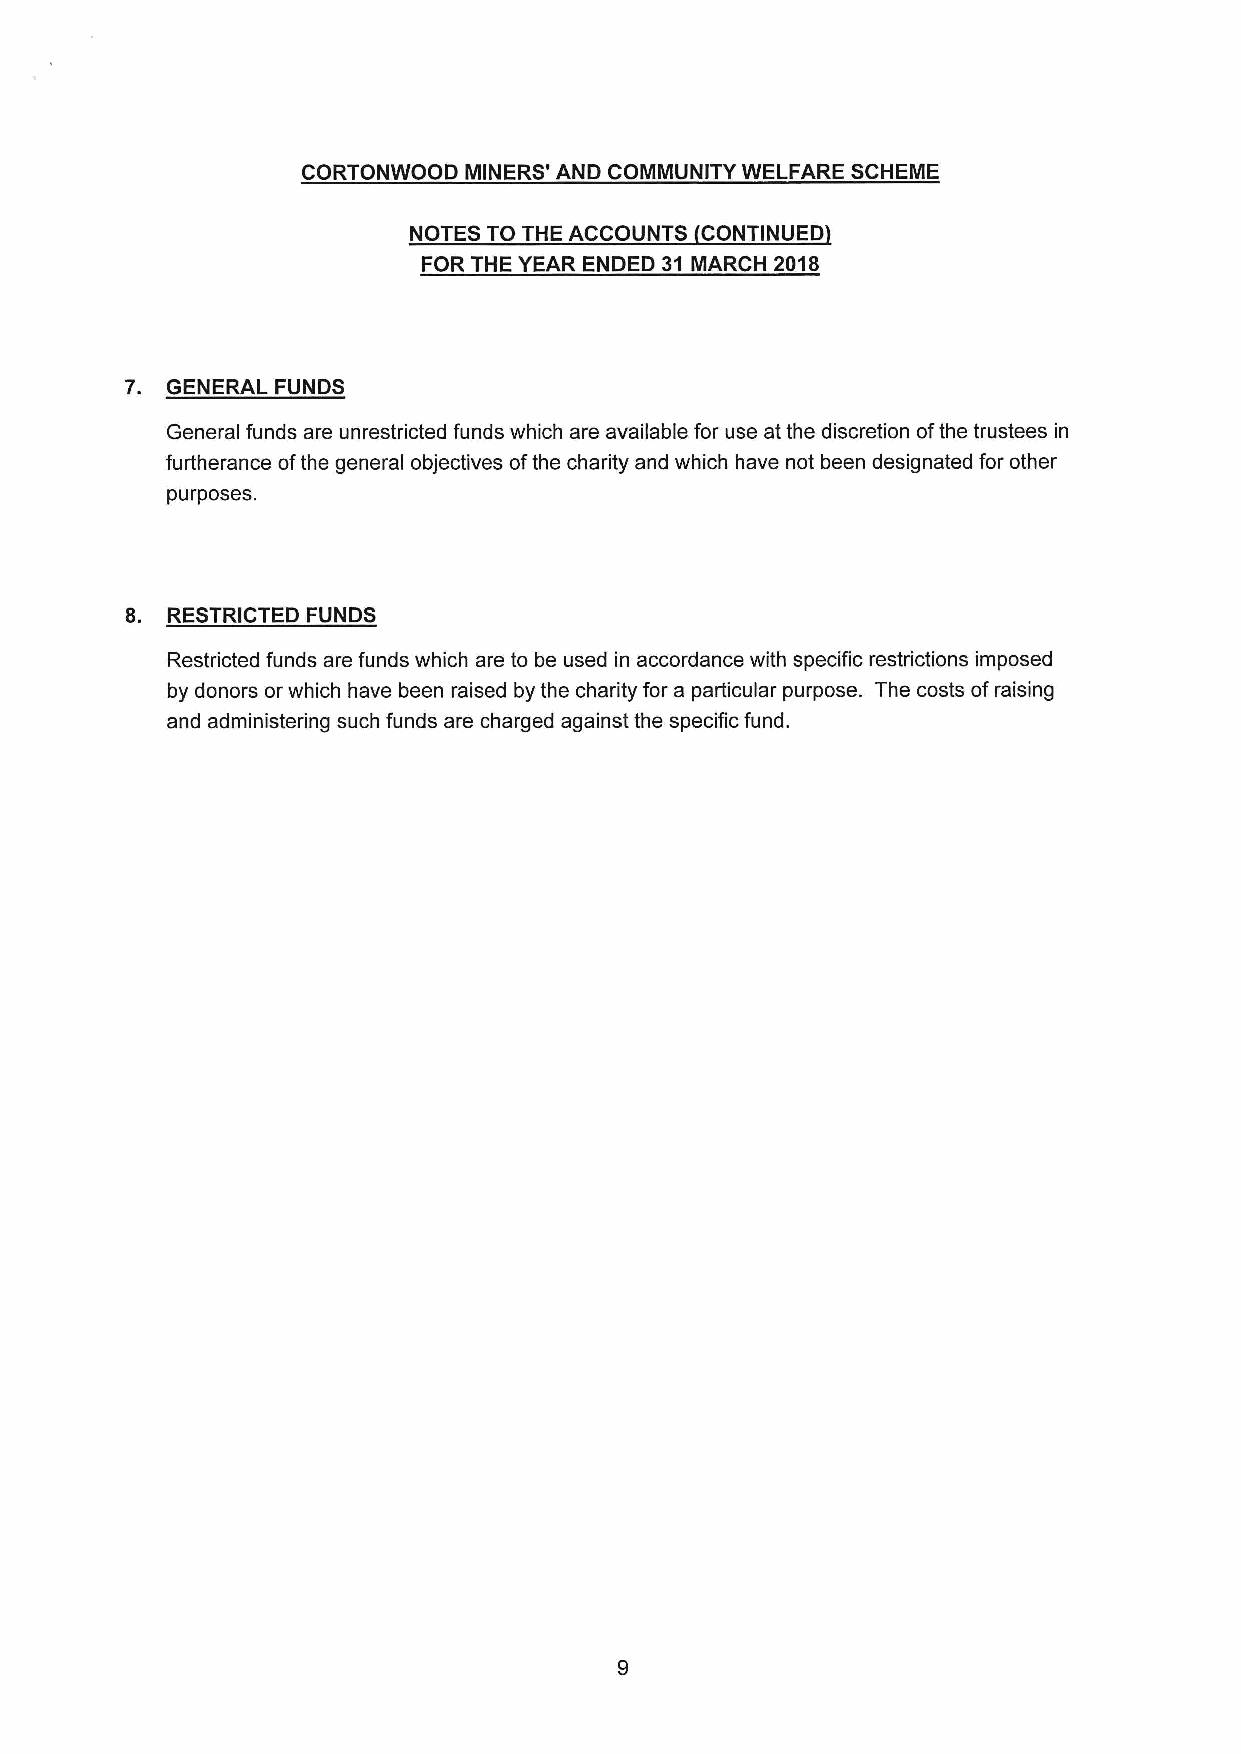
CORTONWOOD MINERS' AND COMMUNITY WELFARE SCHEME
 NOTES TO THE ACCOUNTS CONTINUED
 FOR THE YEAR ENDED 31 MARCH 2018
 7. GENERAL FUNDS
 General funds are unrestricted funds which are available for use at the discretion ofthe trustees in
 furtherance ofthe general objectives ofthe charity and which have not been designated for other
 purposes.
 8. RESTRICTED FUNDS
 Restricted funds are funds which are to be used in accordance with specific restrictions imposed
 by donors or which have been raised by the charity for a particular purpose. The costs ofraising
 and administering such funds are charged against the specific fund.